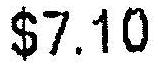
$7.10